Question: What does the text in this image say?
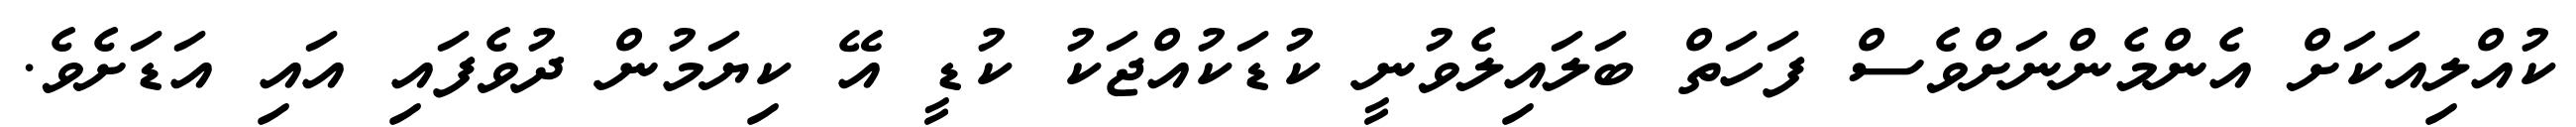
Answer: ކުއްލިއަކަށް އެންމެންނަށްވެސް ފަހަތް ބަލައިލެވުނީ ކުޑަކުއްޖަކު ކުޑީ އޭ ކިޔަމުން ދުވެފައި އައި އަޑަށެވެ.